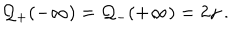
LaTeX: { \cal Q } _ { + } ( - \infty ) = { \cal Q } _ { - } ( + \infty ) = 2 \gamma \: .